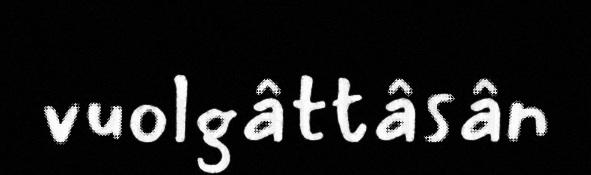
vuolgâttâsân